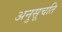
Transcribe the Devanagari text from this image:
अनुसूचति